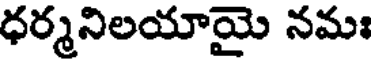
ధర్మనిలయాయై నమః